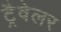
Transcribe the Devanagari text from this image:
ट्रैवेलर